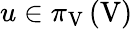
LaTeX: u\in\pi_{\mathrm{V}}\left(\mathrm{V}\right)